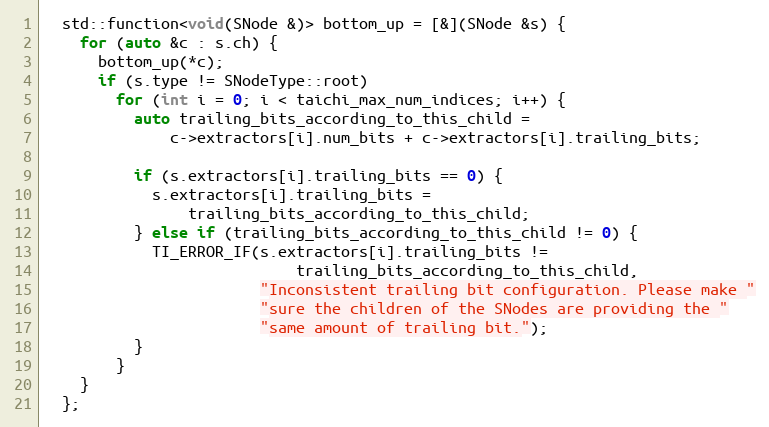
Language: C++
  std::function<void(SNode &)> bottom_up = [&](SNode &s) {
    for (auto &c : s.ch) {
      bottom_up(*c);
      if (s.type != SNodeType::root)
        for (int i = 0; i < taichi_max_num_indices; i++) {
          auto trailing_bits_according_to_this_child =
              c->extractors[i].num_bits + c->extractors[i].trailing_bits;

          if (s.extractors[i].trailing_bits == 0) {
            s.extractors[i].trailing_bits =
                trailing_bits_according_to_this_child;
          } else if (trailing_bits_according_to_this_child != 0) {
            TI_ERROR_IF(s.extractors[i].trailing_bits !=
                            trailing_bits_according_to_this_child,
                        "Inconsistent trailing bit configuration. Please make "
                        "sure the children of the SNodes are providing the "
                        "same amount of trailing bit.");
          }
        }
    }
  };